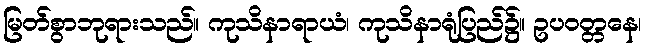
မြတ်စွာဘုရားသည်။ ကုသိနာရာယံ၊ ကုသိနာရုံပြည်၌။ ဥပဝတ္တနေ၊